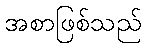
အစာဖြစ်သည်